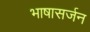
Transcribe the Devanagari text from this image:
भाषासर्जन